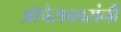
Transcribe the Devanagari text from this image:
ऑपेराकारांनी